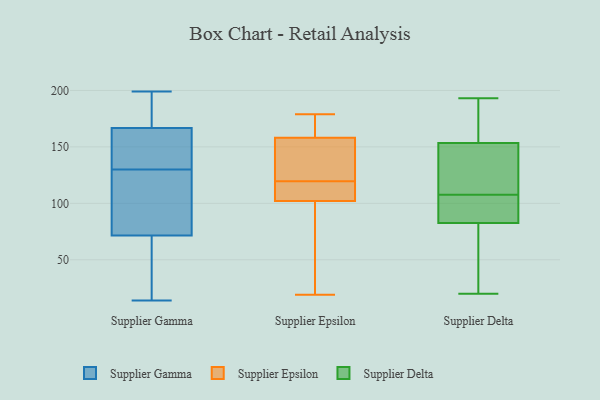
{"axis": {"x": "Active Users", "y": "Value"}, "legend": ["Supplier Delta", "Supplier Epsilon", "Supplier Gamma"], "data": [{"x": "", "y": 133, "type": "Supplier Gamma"}, {"x": "", "y": 17, "type": "Supplier Gamma"}, {"x": "", "y": 197, "type": "Supplier Gamma"}, {"x": "", "y": 167, "type": "Supplier Gamma"}, {"x": "", "y": 130, "type": "Supplier Gamma"}, {"x": "", "y": 166, "type": "Supplier Gamma"}, {"x": "", "y": 14, "type": "Supplier Gamma"}, {"x": "", "y": 39, "type": "Supplier Gamma"}, {"x": "", "y": 16, "type": "Supplier Gamma"}, {"x": "", "y": 158, "type": "Supplier Gamma"}, {"x": "", "y": 92, "type": "Supplier Gamma"}, {"x": "", "y": 76, "type": "Supplier Gamma"}, {"x": "", "y": 188, "type": "Supplier Gamma"}, {"x": "", "y": 70, "type": "Supplier Gamma"}, {"x": "", "y": 185, "type": "Supplier Gamma"}, {"x": "", "y": 134, "type": "Supplier Gamma"}, {"x": "", "y": 110, "type": "Supplier Gamma"}, {"x": "", "y": 199, "type": "Supplier Gamma"}, {"x": "", "y": 79, "type": "Supplier Gamma"}, {"x": "", "y": 95, "type": "Supplier Epsilon"}, {"x": "", "y": 170, "type": "Supplier Epsilon"}, {"x": "", "y": 109, "type": "Supplier Epsilon"}, {"x": "", "y": 158, "type": "Supplier Epsilon"}, {"x": "", "y": 149, "type": "Supplier Epsilon"}, {"x": "", "y": 179, "type": "Supplier Epsilon"}, {"x": "", "y": 60, "type": "Supplier Epsilon"}, {"x": "", "y": 19, "type": "Supplier Epsilon"}, {"x": "", "y": 106, "type": "Supplier Epsilon"}, {"x": "", "y": 162, "type": "Supplier Epsilon"}, {"x": "", "y": 128, "type": "Supplier Epsilon"}, {"x": "", "y": 152, "type": "Supplier Epsilon"}, {"x": "", "y": 111, "type": "Supplier Epsilon"}, {"x": "", "y": 102, "type": "Supplier Epsilon"}, {"x": "", "y": 107, "type": "Supplier Delta"}, {"x": "", "y": 97, "type": "Supplier Delta"}, {"x": "", "y": 107, "type": "Supplier Delta"}, {"x": "", "y": 147, "type": "Supplier Delta"}, {"x": "", "y": 108, "type": "Supplier Delta"}, {"x": "", "y": 175, "type": "Supplier Delta"}, {"x": "", "y": 69, "type": "Supplier Delta"}, {"x": "", "y": 96, "type": "Supplier Delta"}, {"x": "", "y": 20, "type": "Supplier Delta"}, {"x": "", "y": 140, "type": "Supplier Delta"}, {"x": "", "y": 193, "type": "Supplier Delta"}, {"x": "", "y": 63, "type": "Supplier Delta"}, {"x": "", "y": 127, "type": "Supplier Delta"}, {"x": "", "y": 160, "type": "Supplier Delta"}, {"x": "", "y": 188, "type": "Supplier Delta"}, {"x": "", "y": 35, "type": "Supplier Delta"}]}